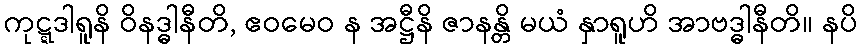
ကုဋ္ဋဒါရူနိ ဝိနဒ္ဓါနီတိ, ဧဝမေဝ န အဋ္ဌီနိ ဇာနန္တိ မယံ နှာရူဟိ အာဗဒ္ဓါနီတိ။ နပိ